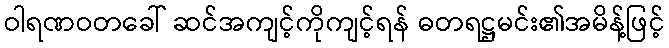
ဝါရဏဝတခေါ် ဆင်အကျင့်ကိုကျင့်ရန် ဓတရဋ္ဌမင်း၏အမိန့်ဖြင့်